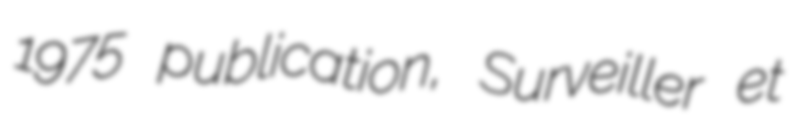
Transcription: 1975 publication, Surveiller et